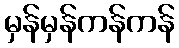
မှန်မှန်ကန်ကန်